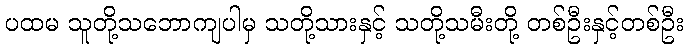
ပထမ သူတို့သဘောကျပါမှ သတို့သားနှင့် သတို့သမီးတို့ တစ်ဦးနှင့်တစ်ဦး